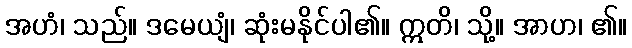
အဟံ၊ သည်။ ဒမေယျံ၊ ဆုံးမနိုင်ပါ၏။ ဣတိ၊ သို့။ အာဟ၊ ၏။